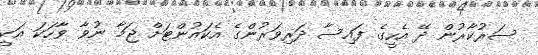
ސަރުކާރުން ދޭ އެހީގެ ފައިސާ ދަރިވަރުންގެ އެކައުންޓަށް ޖަމާ ނުވާ ވާހަކަ އަކީ